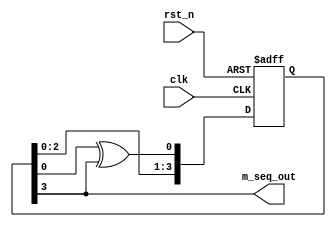
module m_seq_gen #(
    parameter REG_LEN = 4
) (
    input       clk,
    input       rst_n,
    output wire m_seq_out
);

reg [(REG_LEN - 1):0] shift_reg; // 
    
assign m_seq_out = shift_reg[(REG_LEN - 1)];

always @(posedge clk or negedge rst_n) begin
    if(!rst_n) begin
        shift_reg = ~(0); // bit1
    end else begin
        shift_reg <= shift_reg<<1; // MSB1bit
        // LSB
        case (REG_LEN)
            2 : shift_reg[0] <= shift_reg[0] ^ shift_reg[1];
            3 : shift_reg[0] <= shift_reg[0] ^ shift_reg[2];
            4 : shift_reg[0] <= shift_reg[0] ^ shift_reg[3];
            5 : shift_reg[0] <= shift_reg[1] ^ shift_reg[4];
            6 : shift_reg[0] <= shift_reg[0] ^ shift_reg[5];
            7 : shift_reg[0] <= shift_reg[2] ^ shift_reg[6];
            8 : shift_reg[0] <= shift_reg[1] ^ shift_reg[2] ^ shift_reg[3] ^ shift_reg[7];
            9 : shift_reg[0] <= shift_reg[3] ^ shift_reg[8];
            10: shift_reg[0] <= shift_reg[2] ^ shift_reg[9];
            11: shift_reg[0] <= shift_reg[1] ^ shift_reg[10];
            12: shift_reg[0] <= shift_reg[0] ^ shift_reg[3] ^ shift_reg[5] ^ shift_reg[11];
            13: shift_reg[0] <= shift_reg[0] ^ shift_reg[2] ^ shift_reg[3] ^ shift_reg[12];
            default: shift_reg[0] <= shift_reg[0];
        endcase
    end
end
endmodule